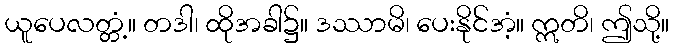
ယူပေလတ္တံ့။ တဒါ၊ ထိုအခါ၌။ ဒဿာမိ၊ ပေးနိုင်အံ့။ ဣတိ၊ ဤသို့။